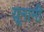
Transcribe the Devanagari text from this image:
य़ूनानी